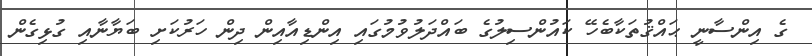
ގެ އިންސާނީ ޙައްޤުތަކާބެހޭ ކައުންސިލުގެ ބައްދަލުވުމުގައި އިންޑިއާއިން ދިން ހަރުކަށި ބަޔާނާއި ގުޅިގެން